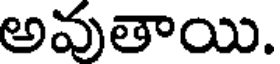
అవుతాయి.